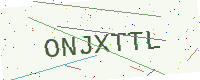
Text: ONJXTTL